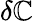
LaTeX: \delta\mathbb{C}